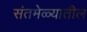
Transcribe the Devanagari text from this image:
संतमेळ्यातील